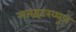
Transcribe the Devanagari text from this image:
अनइंटरव्यूज